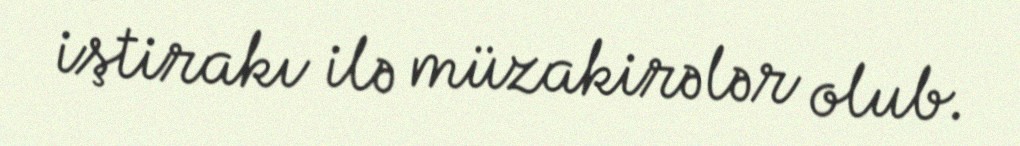
iştirakı ilə müzakirələr olub.